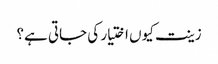
زینت کیوں اختیار کی جاتی ہے؟